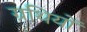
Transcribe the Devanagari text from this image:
ग्रथियों